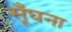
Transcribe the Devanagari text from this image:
सूँघना